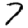
Digit: 7